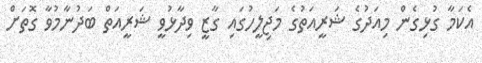
އެކަމާ ގުޅިގެން މިއަދުގެ ޝަރީއަތުގެ މަޖިލީހުގައި ގާޒީ ވިދާޅުވީ ޝަރީއަތް ބަދުނާމުވާ ގޮތަށް